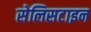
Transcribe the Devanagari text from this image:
सेलिसटाइन